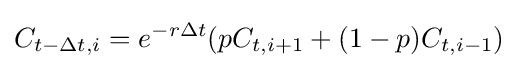
C_{t-\Delta t,i}=e^{-r\Delta t}(pC_{t,i+1}+(1-p)C_{t,i-1})